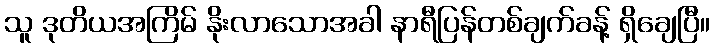
သူ ဒုတိယအကြိမ် နိုးလာသောအခါ နာရီပြန်တစ်ချက်ခန့် ရှိချေပြီ။